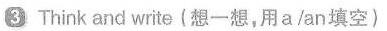
③ Think and write(想一想,用a/an填空)